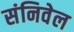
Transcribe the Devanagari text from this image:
संनिवेल